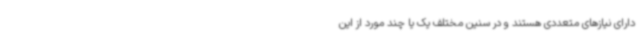
دارای نیازهای متعددی هستند و در سنین مختلف یک یا چند مورد از این